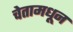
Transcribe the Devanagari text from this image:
चेतामधून